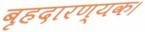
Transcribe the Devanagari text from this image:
बृहदारण्यक।